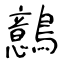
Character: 鷾